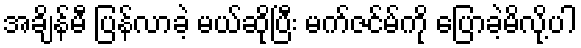
အချိန်မီ ပြန်လာခဲ့ မယ်ဆိုပြီး မက်ဇင်မ်ကို ပြောခဲ့မိလို့ပါ